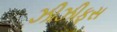
ઝીઝીફસ